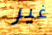
غير